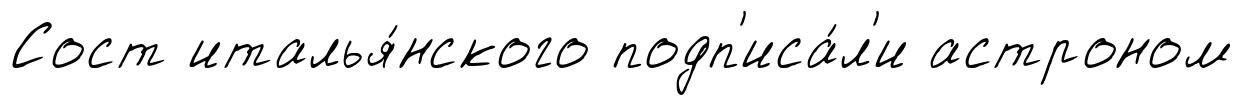
Сост италья́нского подп'иса́л'и астроном